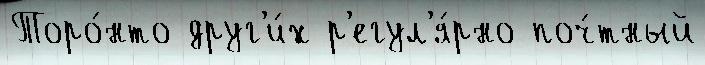
Торо́нто друг'и́х р'егул'я́рно поч́тный